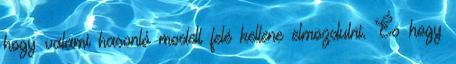
hogy valami hasonló modell felé kellene elmozdulni. És hogy